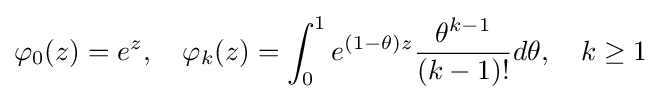
\varphi _{0}(z)=e^{z},\quad \varphi _{k}(z)=\int _{0}^{1}e^{(1-\theta )z}{\frac {\theta ^{k-1}}{(k-1)!}}d\theta ,\quad k\geq 1